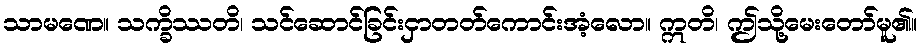
သာမဏေ။ သက္ခိဿတိ၊ သင်ဆောင်ခြင်းငှာတတ်ကောင်းအံ့လော။ ဣတိ၊ ဤသို့မေးတော်မူ၏။